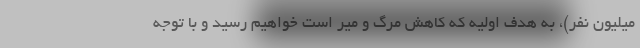
میلیون نفر)، به هدف اولیه که کاهش مرگ و میر است خواهیم رسید و با توجه